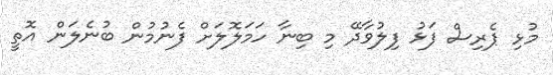
މުޅި ޕެރިސް ފަޅު ފިލުވާދޭ މި ބިނާ ހަމަލޮލަށް ފެނުމުން ބުނެލަން އޮތީ